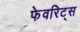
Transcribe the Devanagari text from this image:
फेवरिट्स